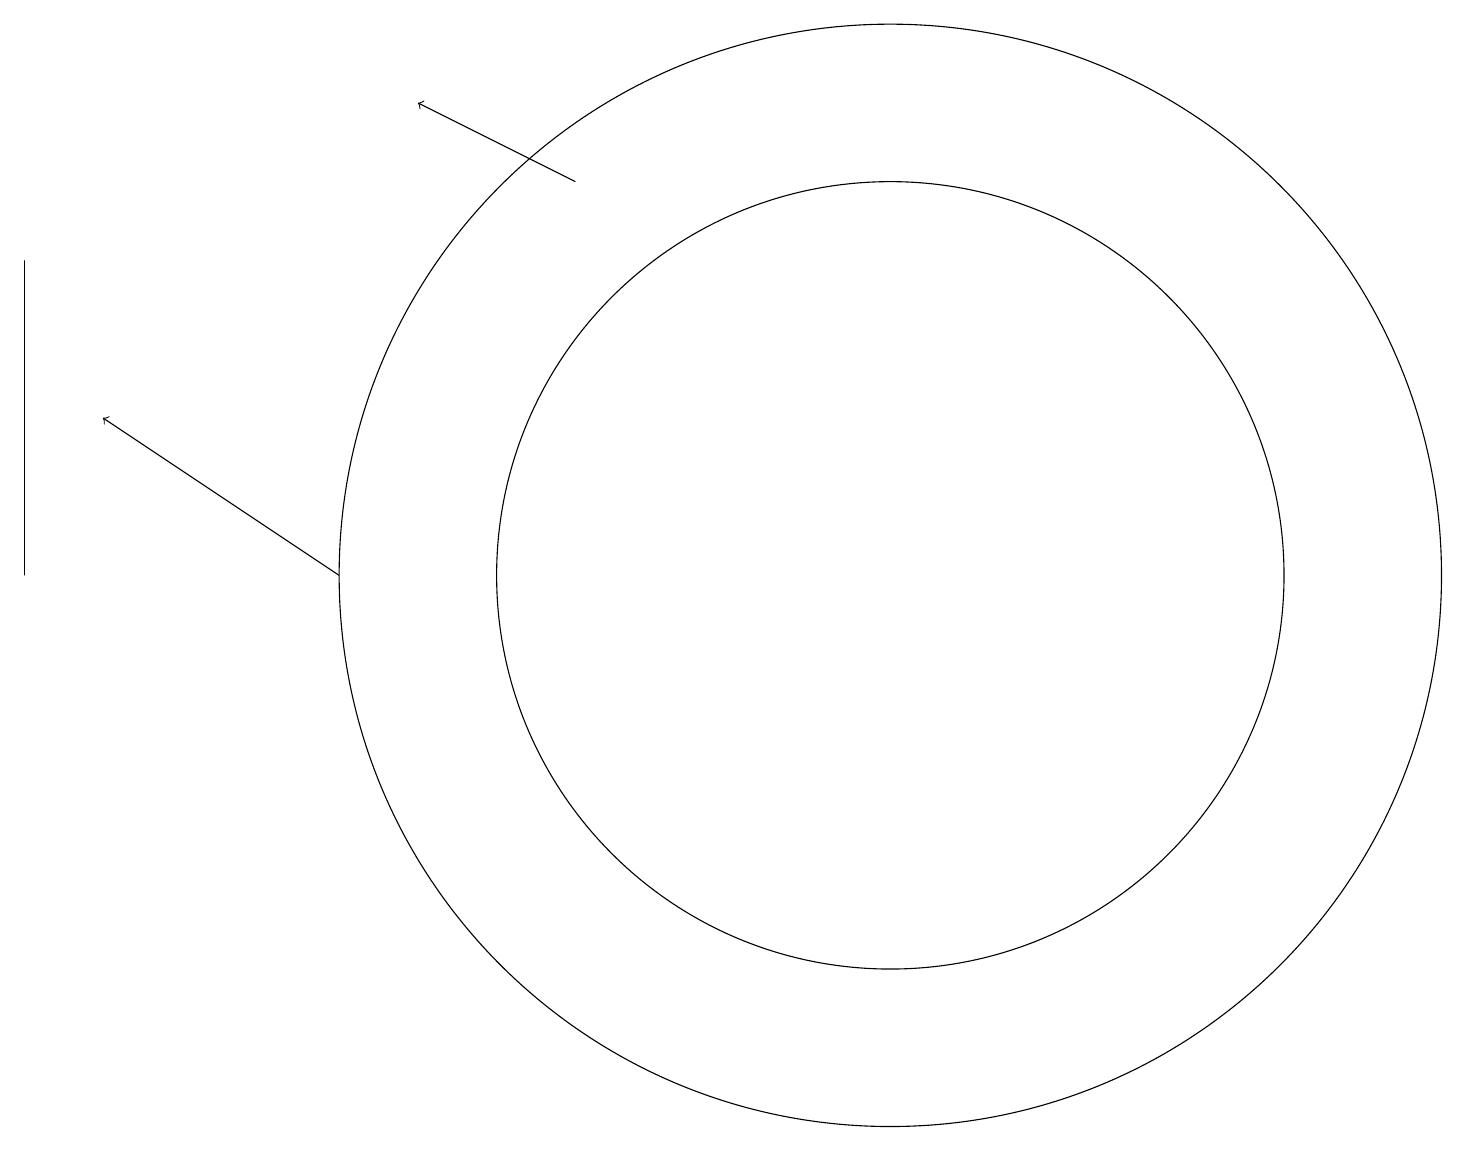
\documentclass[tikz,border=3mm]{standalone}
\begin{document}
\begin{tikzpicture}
\draw (11,11) circle (7);
\draw[->] (4,11) -- (1,13);
\draw (11,11) circle (5);
\draw[->] (7,16) -- (5,17);
\draw (0,11) rectangle (0,15);
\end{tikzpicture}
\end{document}